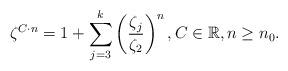
LaTeX: \begin{align*} \zeta^{C\cdot n}= 1+\sum_{j=3}^{k}\left(\frac{\zeta_{j}}{\zeta_{2}}\right)^{n}, C\in{\mathbb{R}},n\geq n_{0}.\end{align*}